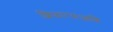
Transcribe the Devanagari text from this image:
शिफारसआणि